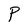
Character: P